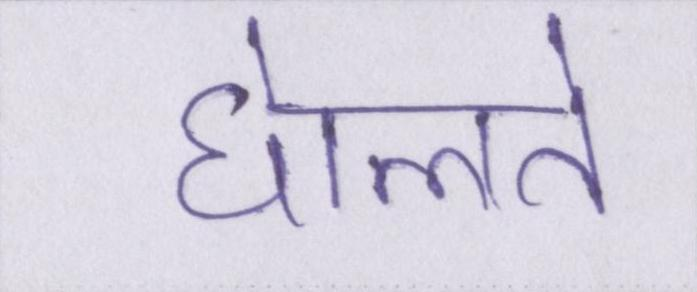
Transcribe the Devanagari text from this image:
घेालते